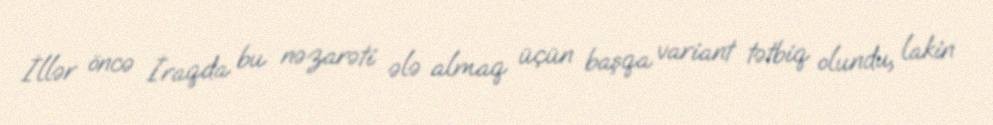
İllər öncə İraqda bu nəzarəti ələ almaq üçün başqa variant tətbiq olundu, lakin